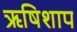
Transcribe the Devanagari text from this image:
ऋषिशाप